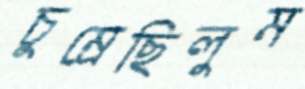
চুম্‌রেছিলুম